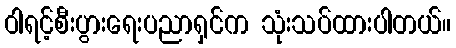
ဝါရင့်စီးပွားရေးပညာရှင်က သုံးသပ်ထားပါတယ်။